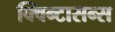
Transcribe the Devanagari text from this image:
क्विन्टासन्स